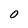
Character: O